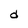
Character: d